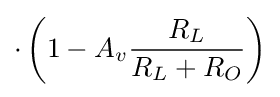
\cdot \left(1-A_{v}{\frac {R_{L}}{R_{L}+R_{O}}}\right)\,\!